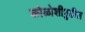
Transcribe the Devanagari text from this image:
कोळोशीपुढील